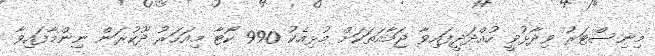
މިނިސްޓަރު ވިދާޅުވީ ހުއްދަދީފައިވާ ޖަމާއަތަކަށް މުޅިއެކު 990 ކޯޓާ މިއަހަރު ދޫކުރަން ނިންމާފައިވާ